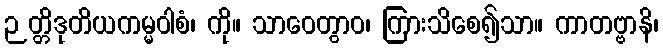
ဉတ္တိဒုတိယကမ္မဝါစံ၊ ကို။ သာဝေတွာဝ၊ ကြားသိစေ၍သာ။ ကာတဗ္ဗာနိ၊